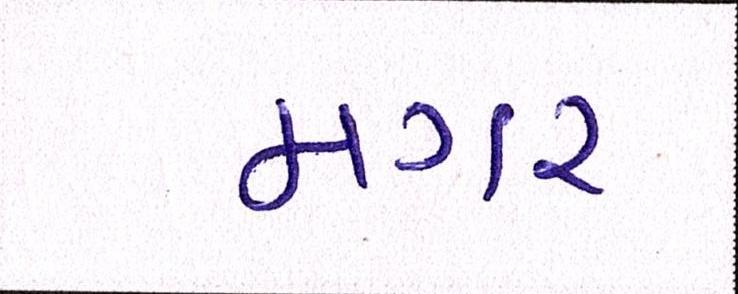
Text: મગર